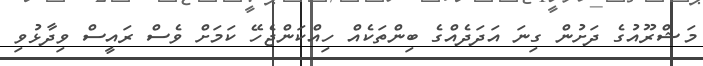
މަޝްރޫއުގެ ދަށުން ގިނަ އަދަދެއްގެ ބިންތަކެއް ހިއްކަންޖެހޭ ކަމަށް ވެސް ރައީސް ވިދާޅުވި